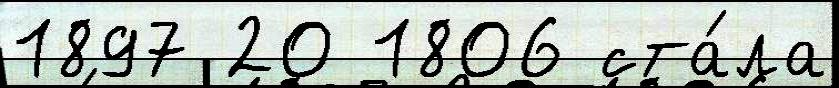
1897 20 1806 ста́ла